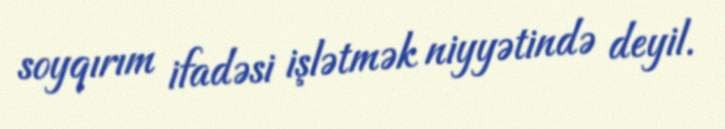
soyqırım ifadəsi işlətmək niyyətində deyil.